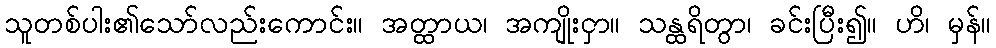
သူတစ်ပါး၏သော်လည်းကောင်း။ အတ္ထာယ၊ အကျိုးငှာ။ သန္ထရိတွာ၊ ခင်းပြီး၍။ ဟိ၊ မှန်။